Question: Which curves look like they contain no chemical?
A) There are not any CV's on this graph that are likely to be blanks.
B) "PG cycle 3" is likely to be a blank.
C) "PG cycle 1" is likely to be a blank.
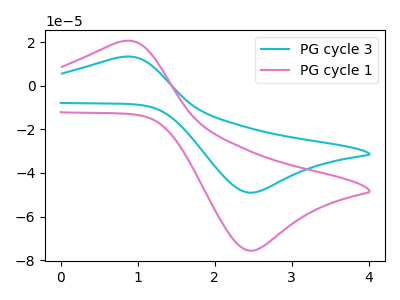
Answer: <think>The cyan curve "PG cycle 3" has an anodic peak at (0.80V, 13.25uA) and a cathodic peak at (2.50V, -49.05uA). The pink curve "PG cycle 1" has an anodic peak at (0.80V, 20.45uA) and a cathodic peak at (2.50V, -75.65uA).</think>
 <answer>A) There are not any CV's on this graph that are likely to be blanks.</answer>
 <eval>A</eval>